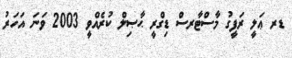
ޑރ ޢަލީ ރަފީގު މާސްޓާރސް ޑިގްރީ ޙާޞިލް ކުރެއްވީ 2003 ވަނަ އަހަރު